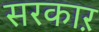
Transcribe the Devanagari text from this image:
सरकाऱ